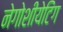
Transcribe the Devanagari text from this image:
नेगोशीयेटिंग